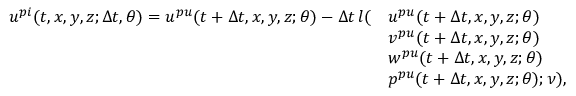
\begin{array} { r l } { u ^ { p i } ( t , x , y , z ; \Delta t , \theta ) = u ^ { p u } ( t + \Delta t , x , y , z ; \theta ) - \Delta t \, l ( } & { u ^ { p u } ( t + \Delta t , x , y , z ; \theta ) } \\ & { v ^ { p u } ( t + \Delta t , x , y , z ; \theta ) } \\ & { w ^ { p u } ( t + \Delta t , x , y , z ; \theta ) } \\ & { p ^ { p u } ( t + \Delta t , x , y , z ; \theta ) ; \nu ) , } \end{array}